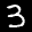
Label: 3